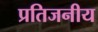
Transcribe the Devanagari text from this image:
प्रतिजनीय